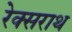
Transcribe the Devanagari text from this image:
रेक्सराथ